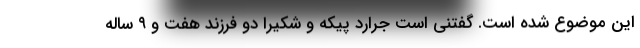
این موضوع شده است. گفتنی است جرارد پیکه و شکیرا دو فرزند هفت و ۹ ساله